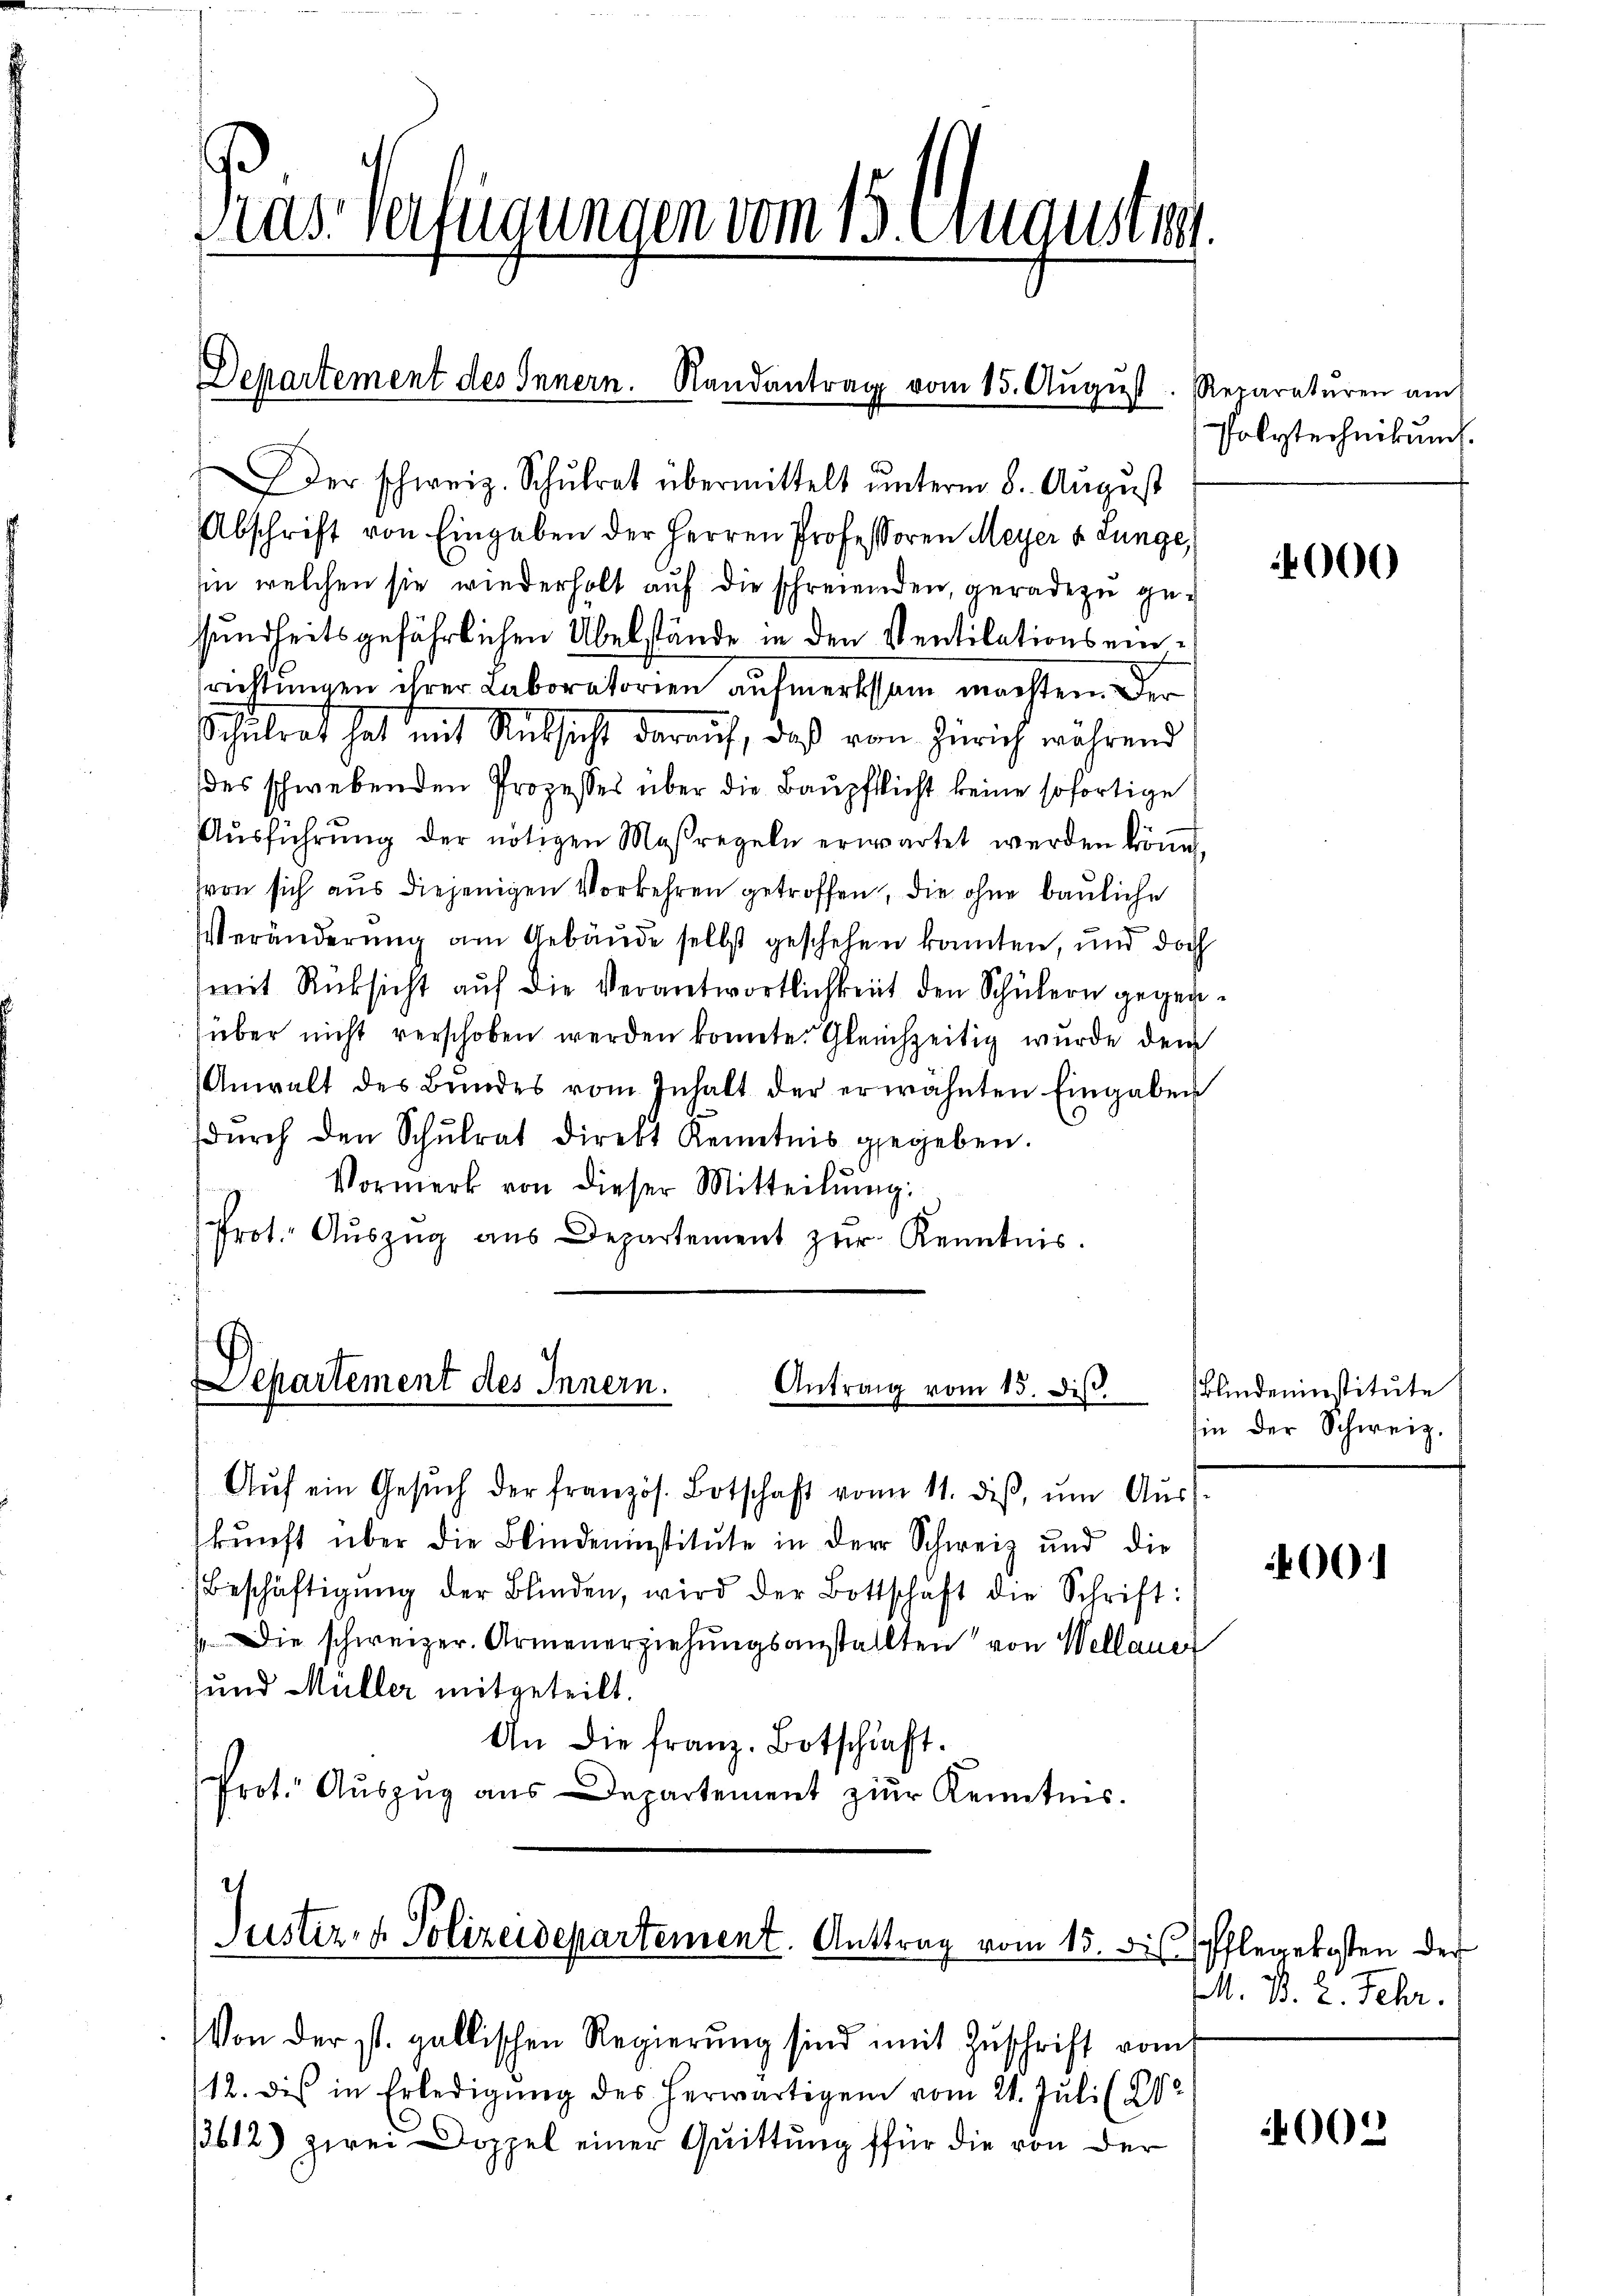
Pras Verfügungen vom 15. Augusten.

Departement des Innern. Randantrag vom 15. Aŭgŭst Reparatŭren am

Der schweiz. Schŭlrat übermittelt ŭnterm 8. Aŭgŭst
Abschrift von Eingaben der Herren Professoren Meyer v. Lunge,
in welchen sie wiederholt auf die schreienden, geradezu gesundheitsgefährlichen Übelstände in den Ventilationseinrichtungen ihrer Laboratorien aufmerksam machten. Der
Schulrat hat mit Rücksicht darauf, daß von Zürich während
des schwebenden Prozesses über die Baupflicht keine sofortige
Aŭsführŭng der nötigen Maßregeln erwartet werden könne,
(von sich aus diejenigen Vorkehren getroffen, die ohne bauliche
Veränderung am Gebäude selbst geschehen konnten, und doch
mit Rücksicht auf die Verantwortlichkeit den Schülern gegenüber nicht verschoben werden könnte. Gleichzeitig wurde dem
Anwalt des Bŭndes vom Inhalt der erwähnten Eingaben
dŭrch den Schŭlrat direkt Kenntnis gegeben.
Vormerk von dieser Mitteilŭng.
Prot. Aŭszŭg aŭs Departement zŭr Kenntnis.

Departement des Innern.
Antrag vom 15. ds.

Aŭf ein Gesŭch der französ. Botschaft vom 11. diβ, ŭm Aŭs-
kunft über die Blindeninstitute in der Schweiz und die
Beschäftigŭng der Blinden, wird der Bottschaft die Schrift:
/. Die schweizer. Armenerziehŭngsanstallten von Wellauer
und Müller mitgeteilt.
An die franz. Botschaft.
Prot. Auszug aus Departement zur Kenntnis.

Von der st. gallischen Regierŭng sind mit Zŭschrift vom
12. des in Erledigŭng des herwärtigen vom 21. Jŭli (21
/3612) zwei Doppel einer Quittung für die von der

Justiz- & Polizeidepartement. Antrag vom 15. des Pflegekosten der

Polytechnikum

000

Blindeninstitute
hin der Schweiz.

4001

M. B. 2. Fehr.

002